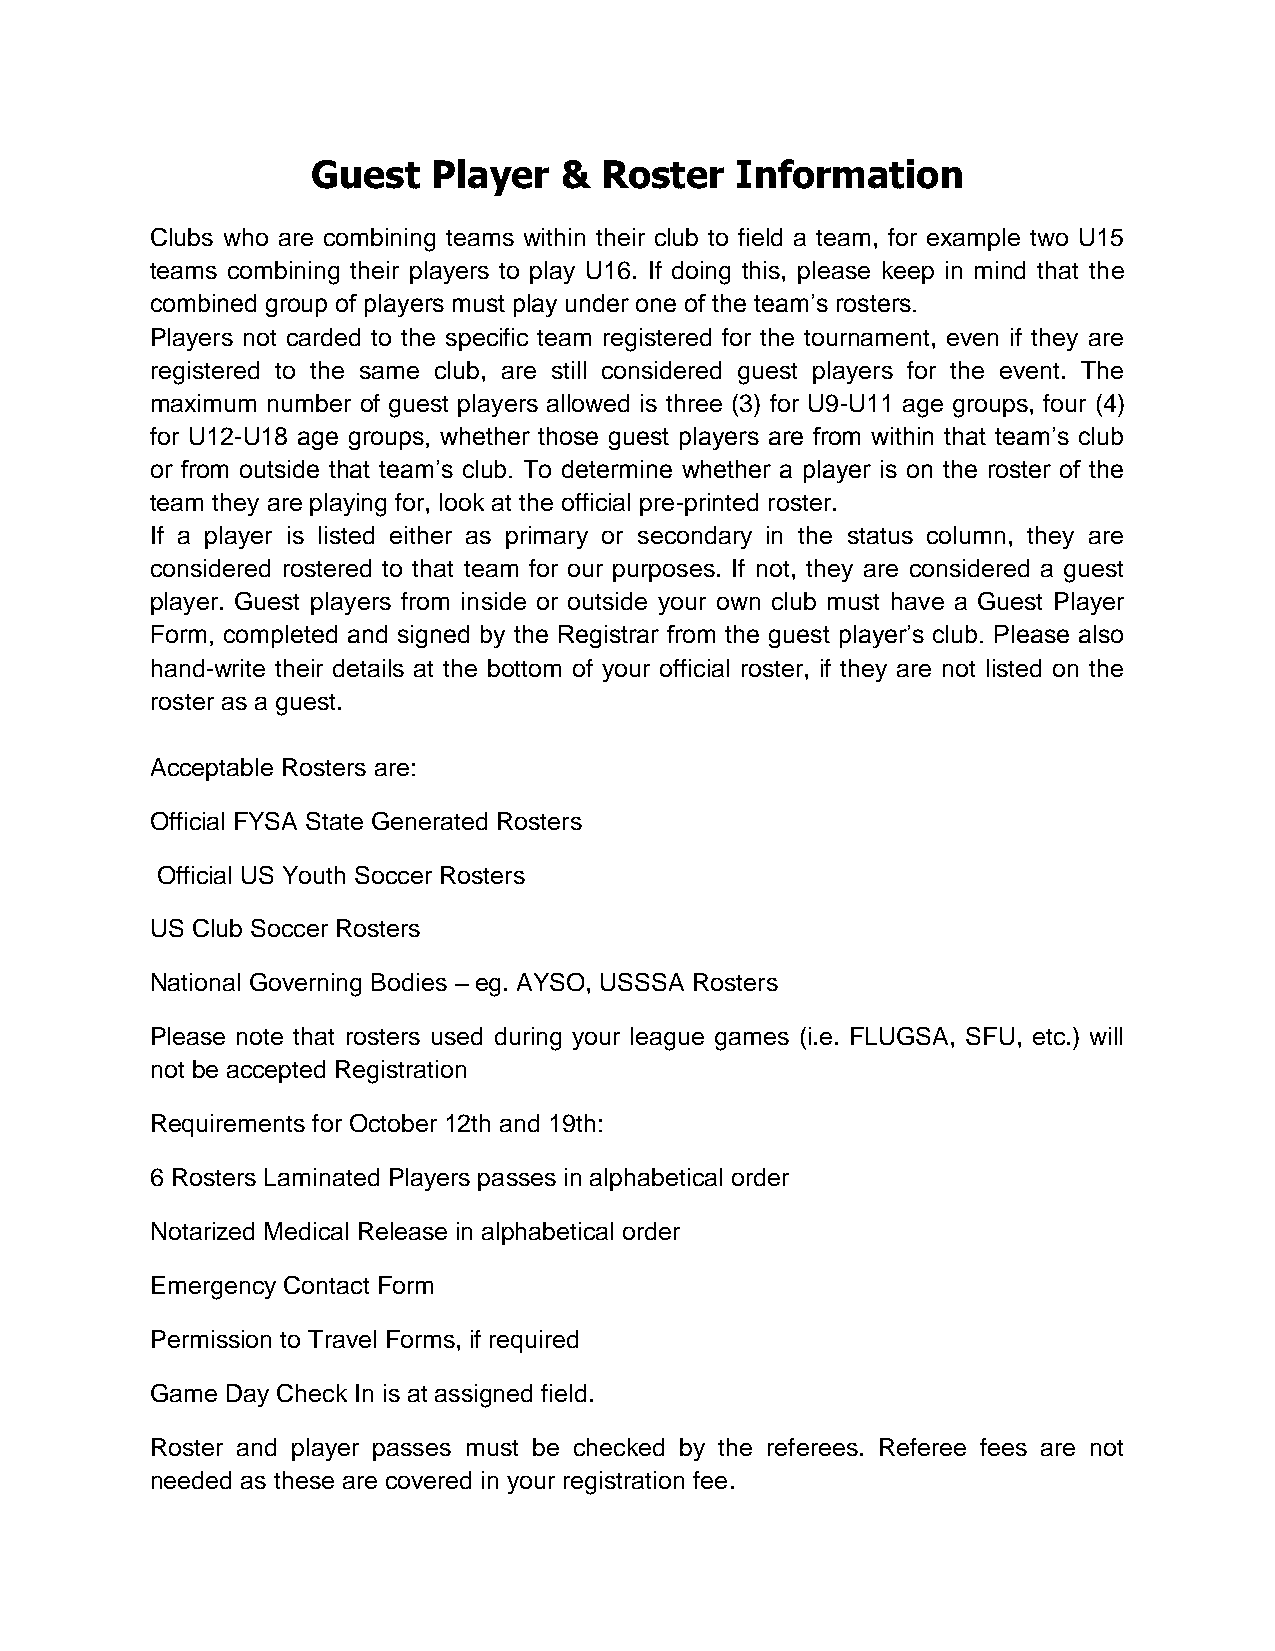
Guest   Player  &  Roster   Information
 Clubs who are combining teams within their club to field a team, for example two U15
 teams combining their players to play U16. If doing this, please keep in mind that the
 combined group of players must play under one of the team’s rosters.
 Players not carded to the specific team registered for the tournament, even if they are
 registered to the same club, are still considered guest players for the event. The
 maximum number of guest players allowed is three (3) for U9-U11 age groups, four (4)
 for U12-U18 age groups, whether those guest players are from within that team’s club
 or from outside that team’s club. To determine whether a player is on the roster of the
 team they are playing for, look at the official pre-printed roster.
 If a player is listed either as primary or secondary in the status column, they are
 considered rostered to that team for our purposes. If not, they are considered a guest
 player. Guest players from inside or outside your own club must have a Guest Player
 Form, completed and signed by the Registrar from the guest player’s club. Please also
 hand-write their details at the bottom of your official roster, if they are not listed on the
 roster as a guest.
 Acceptable Rosters are:
 Official FYSA State Generated Rosters
 Official US Youth Soccer Rosters
 US Club Soccer Rosters
 National Governing Bodies – eg. AYSO, USSSA Rosters
 Please note that rosters used during your league games (i.e. FLUGSA, SFU, etc.) will
 not be accepted Registration
 Requirements for October 12th and 19th:
 6 Rosters Laminated Players passes in alphabetical order
 Notarized Medical Release in alphabetical order
 Emergency Contact Form
 Permission to Travel Forms, if required
 Game Day Check In is at assigned field.
 Roster and player passes must be checked by the referees. Referee fees are not
 needed as these are covered in your registration fee.